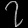
Digit: ၇